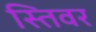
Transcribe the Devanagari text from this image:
स्तिवर